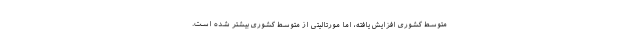
متوسط کشوری افزایش یافته، اما مورتالیتی از متوسط کشوری بیشتر شده است.